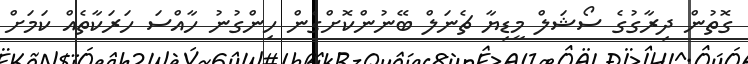
ގޮތުން ދިރާގުގެ ސޯޝަލް މީޑިޔާ ޗެނަލް ބޭނުންކޮށްގެން ހިންގުނު ހާއްސަ ހަރަކާތެއް ކަމަށް